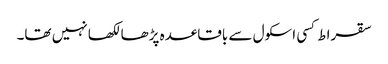
سقراط کسی اسکول سے باقاعدہ پڑھا لکھا نہیں تھا۔